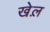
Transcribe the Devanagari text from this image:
खेल़